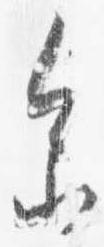
参